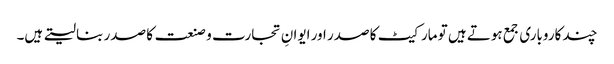
چند کاروباری جمع ہوتے ہیں تو مارکیٹ کا صدر اور ایوانِ تجارت و صنعت کا صدر بنا لیتے ہیں۔